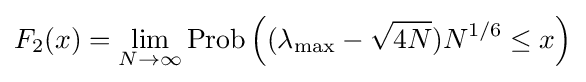
F_{2}(x)=\lim _{N\to \infty }\operatorname {Prob} \left((\lambda _{\max }-{\sqrt {4N}})N^{1/6}\leq x\right)